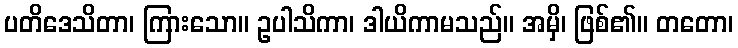
ပတိဒေသိတာ၊ ကြားသော။ ဥပါသိကာ၊ ဒါယိကာမသည်။ အမှိ၊ ဖြစ်၏။ တတော၊